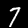
Digit: 7